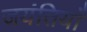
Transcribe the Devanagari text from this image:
जयंतियाँ